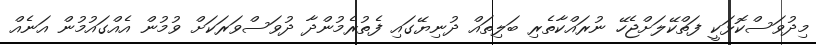
މިދުވަސްކޮޅަކީ ފަތްކޭލަށްޖެހޭ ނުރައްކާތެރި ބަލިތައް ދުނިޔޭގައި ފެތުރެމުންދާ ދުވަސްވަރަކަށް ވުމުން އެއްގައުމުން އަނެއް